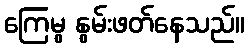
ကြေမွ နွမ်းဖတ်နေသည်။